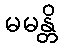
မမန္တိ